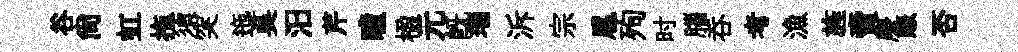
谷尙虹拖須突迤吳汨芹瞳楹元既瑙泝宗扈殉时腦呑考漁旌賣慶賑否